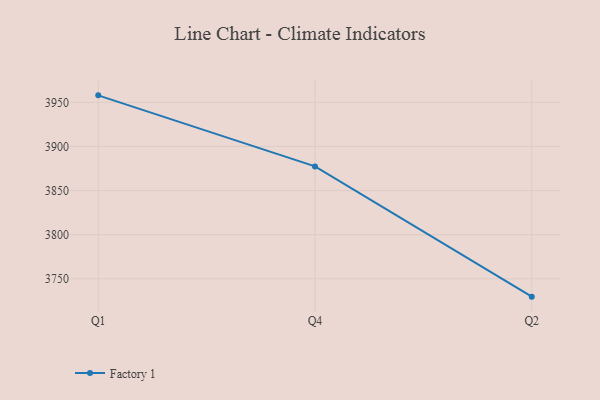
{"axis": {"x": "Quarter", "y": "Active Users"}, "legend": ["Factory 1"], "data": [{"x": "Q1", "y": 3957.9, "type": "Factory 1"}, {"x": "Q4", "y": 3877.4, "type": "Factory 1"}, {"x": "Q2", "y": 3729.8, "type": "Factory 1"}]}